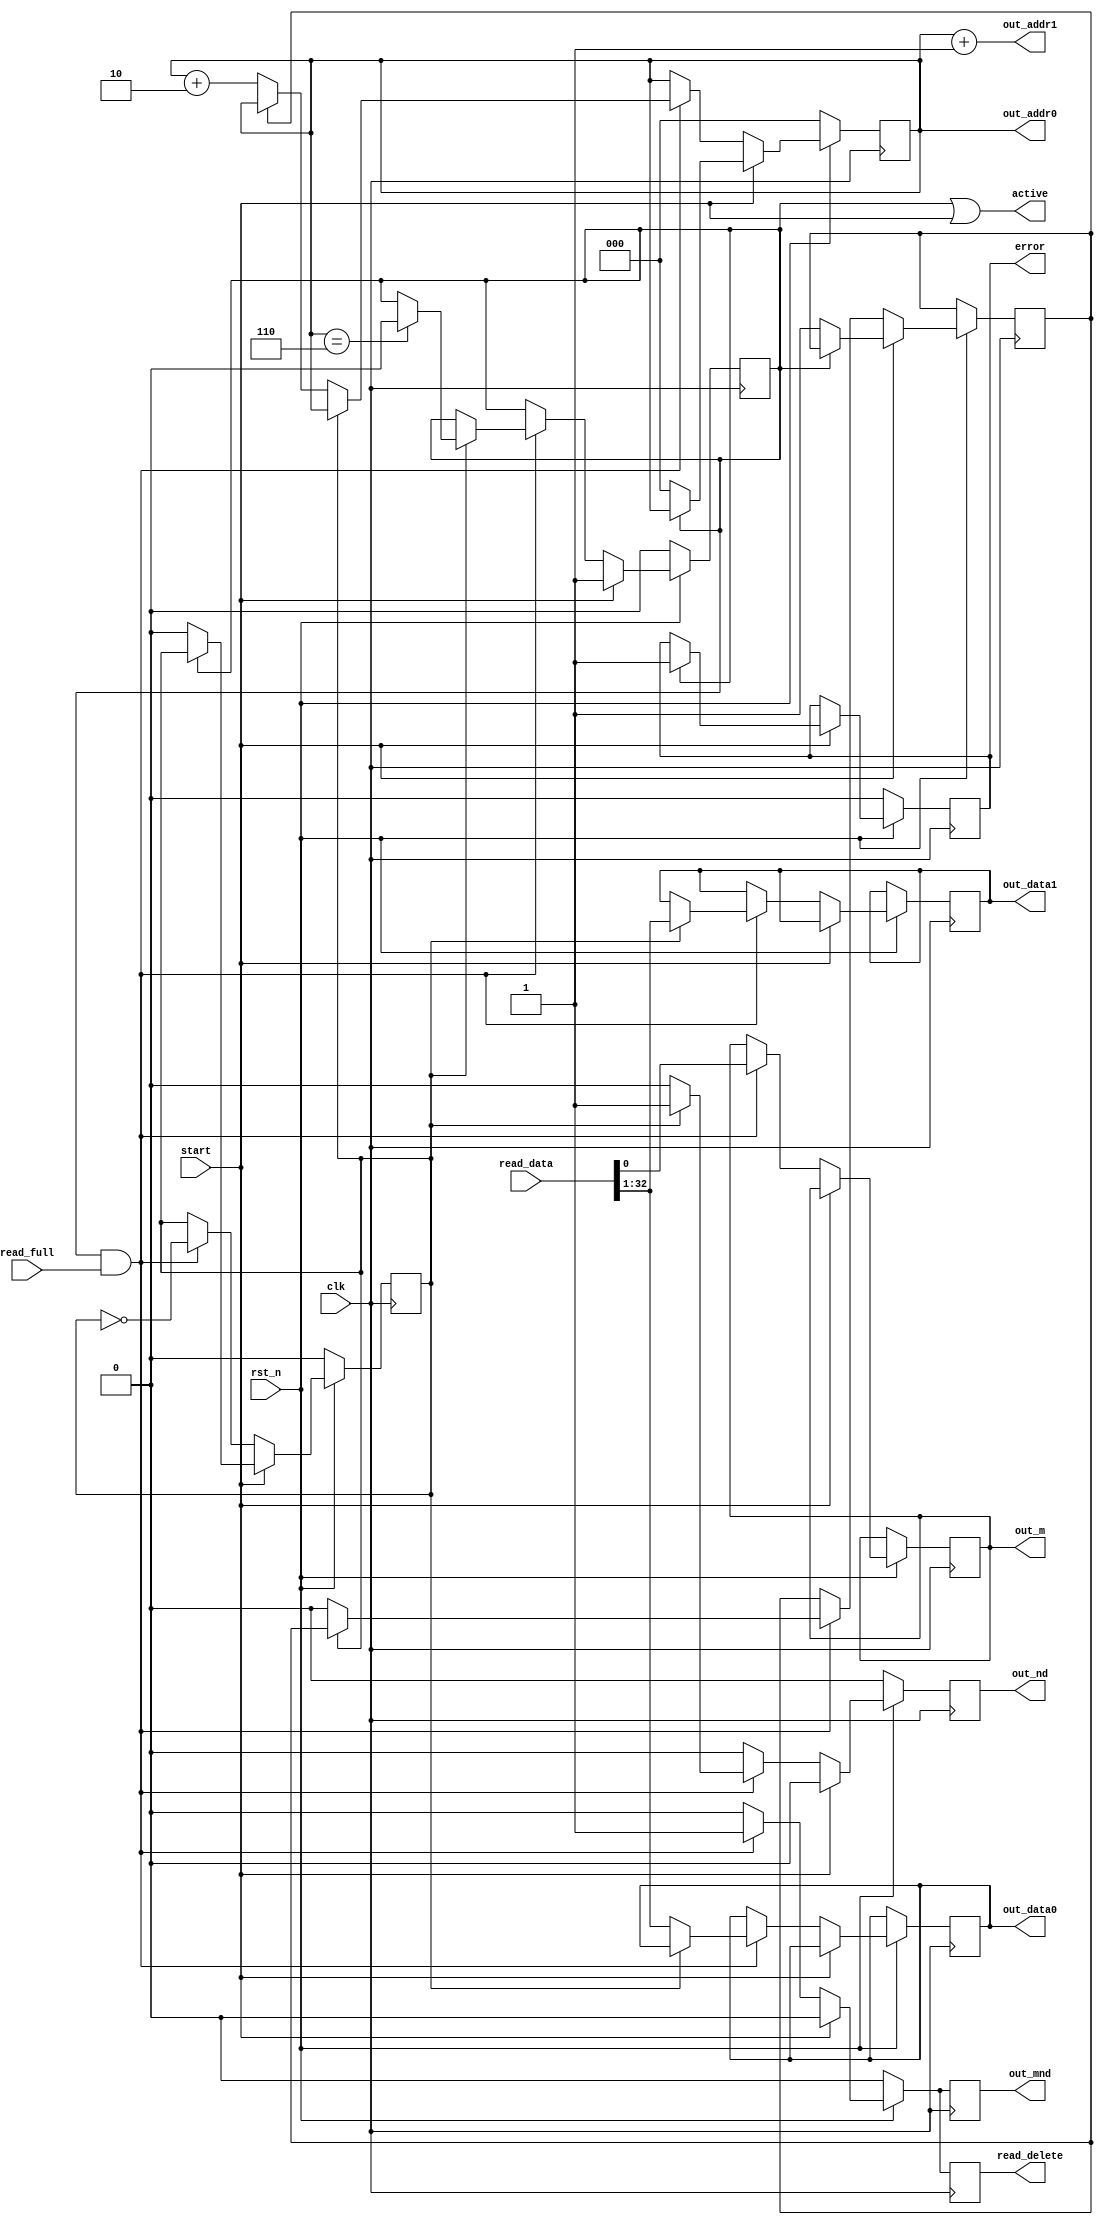
module buffer_BB_to_stage
 #(
   parameter N = 8,
   parameter LOG_N = 3,
   parameter WIDTH = 32,
   parameter MWIDTH = 1
   )
   (
    input wire                     clk,
    input wire                     rst_n,
    // Start signals
    input wire                     start,
    // From buffer_BB
    input wire                     read_full,
    input wire [WIDTH+MWIDTH-1: 0] read_data,
    output reg                     read_delete,
    // To Stage
    output wire [LOG_N-1:0]        out_addr0,
    output wire [LOG_N-1:0]        out_addr1,
    output reg                     out_nd,
    output reg [WIDTH-1:0]         out_data0,
    output reg [WIDTH-1:0]         out_data1,
    // To mStore
    output reg                     out_mnd,
    output reg [MWIDTH-1:0]        out_m,
    // Whether it is active
    output wire                    active,
    output reg                     error
    );

   reg [LOG_N-1:0]                 addr;
   assign out_addr0 = addr;
   assign out_addr1 = addr + 1;
   reg                             read_counter;
   wire [WIDTH-1:0]                read_data_s;
   wire [MWIDTH-1:0]               read_data_m;
   assign {read_data_s, read_data_m} = read_data;
   reg                             first_read;
   reg                             active_o;

   assign active = active_o | start;
   
   always @ (posedge clk)
     begin
        // Set the default values;
        out_nd <= 1'b0;
        read_delete <= 1'b0;
        out_mnd <= 1'b0;
        if (~rst_n)
          begin
             active_o <= 1'b0;
             addr <= {LOG_N{1'b0}};
             read_counter <= 1'b0;
             error <= 1'b0;
          end
        else if (start)
          begin
             if (active_o)
               error <= 1'b1;
             else
               begin
                  active_o <= 1'b1;
                  addr <= {LOG_N{1'b0}};
                  read_counter <= 1'b0;
                  first_read <= 1'b1;
               end
          end
        else if (active_o & read_full)
          begin
             out_mnd <= 1'b1;
             out_m <= read_data_m;
             // We can only read one item from the buffer each block
             // cycle.  But we write to the stage two at a time
             // so we have to save values and only write every second
             // clock cycle.
             read_counter <= ~read_counter;
             read_delete <= 1'b1;
             if (~read_counter)
               begin
                  out_data0 <= read_data_s;
                  if (~first_read)
                    addr <= addr + 2;
                  first_read <= 1'b0;
               end
             else
               begin
                  out_data1 <= read_data_s;
                  out_nd <= 1'b1;
                  if (addr == N-2)
                    begin
                       active_o <= 1'b0;
                    end
               end
          end
     end
endmodule